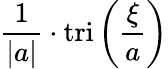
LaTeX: {\frac{1}{|a|}}\cdot\operatorname{tri}\left({\frac{\xi}{a}}\right)